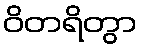
ဝိတရိတွာ